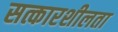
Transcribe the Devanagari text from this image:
सत्कारशीलता